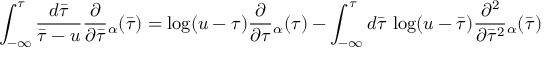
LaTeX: \int _ { - \infty } ^ { \tau } \frac { d { \bar { \tau } } } { { \bar { \tau } } - u } \frac { \partial } { \partial { \bar { \tau } } } \d { } _ { \alpha } ( { \bar { \tau } } ) = \log ( u - \tau ) \frac { \partial } { \partial \tau } \d { } _ { \alpha } ( \tau ) - \int _ { - \infty } ^ { \tau } d { \bar { \tau } } \, \log ( u - { \bar { \tau } } ) \frac { \partial ^ { 2 } } { \partial { \bar { \tau } } ^ { 2 } } \d { } _ { \alpha } ( { \bar { \tau } } )